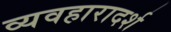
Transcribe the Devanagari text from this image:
व्‍यवहारादर्श